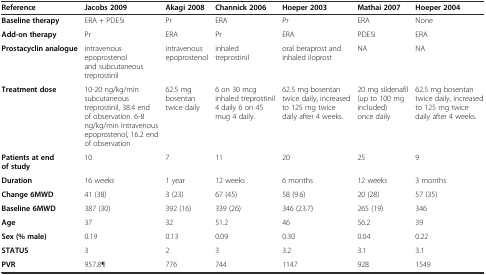
<table><thead><tr><td><b>Reference</b></td><td><b>Jacobs 2009</b></td><td><b>Akagi 2008</b></td><td><b>Channick 2006</b></td><td><b>Hoeper 2003</b></td><td><b>Mathai 2007</b></td><td><b>Hoeper 2004</b></td></tr></thead><tbody><tr><td><b>Baseline therapy</b></td><td>ERA + PDE5i</td><td>Pr</td><td>ERA</td><td>Pr</td><td>ERA</td><td>None</td></tr><tr><td><b>Add-on therapy</b></td><td>Pr</td><td>ERA</td><td>Pr</td><td>ERA</td><td>PDE5i</td><td>ERA</td></tr><tr><td><b>Prostacyclin analogue</b></td><td>intravenous epoprostenol and subcutaneous treprostinil</td><td>intravenous epoprostenol</td><td>inhaled treprostinil</td><td>oral beraprost and inhaled iloprost</td><td>NA</td><td>NA</td></tr><tr><td><b>Treatment dose</b></td><td>10-20 ng/kg/min subcutaneous treprostinil, 38.4 end of observation. 6-8 ng/kg/min intravenous epoprostenol, 16.2 end of observation</td><td>62.5 mg bosentan twice daily</td><td>6 on 30 mcg inhaled treprostinil 4 daily 6 on 45 mug 4 daily.</td><td>62.5 mg bosentan twice daily, increased to 125 mg twice daily after 4 weeks.</td><td>20 mg sildenafil (up to 100 mg included) once daily</td><td>62.5 mg bosentan twice daily, increased to 125 mg twice daily after 4 weeks.</td></tr><tr><td><b>Patients at end of study</b></td><td>10</td><td>7</td><td>11</td><td>20</td><td>25</td><td>9</td></tr><tr><td><b>Duration</b></td><td>16 weeks</td><td>1 year</td><td>12 weeks</td><td>6 months</td><td>12 weeks</td><td>3 months</td></tr><tr><td><b>Change 6MWD</b></td><td>41 (38)</td><td>3 (23)</td><td>67 (45)</td><td>58 (9.6)</td><td>20 (28)</td><td>57 (35)</td></tr><tr><td><b>Baseline 6MWD</b></td><td>387 (30)</td><td>392 (16)</td><td>339 (26)</td><td>346 (23.7)</td><td>265 (19)</td><td>346</td></tr><tr><td><b>Age</b></td><td>37</td><td>32</td><td>51.2</td><td>46</td><td>56.2</td><td>39</td></tr><tr><td><b>Sex (% male)</b></td><td>0.19</td><td>0.13</td><td>0.09</td><td>0.30</td><td>0.04</td><td>0.22</td></tr><tr><td><b>STATUS</b></td><td>3</td><td>2</td><td>3</td><td>3.2</td><td>3.1</td><td>3.1</td></tr><tr><td><b>PVR</b></td><td>957.8¶</td><td>776</td><td>744</td><td>1147</td><td>928</td><td>1549</td></tr></tbody></table>